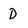
Character: D